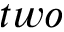
t w o